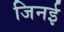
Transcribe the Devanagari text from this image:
जिनई